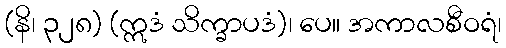
(နိ၊ ၃၂၈) (ဣဒံ သိက္ခာပဒံ)၊ ပေ။ အကာလစီဝရံ၊